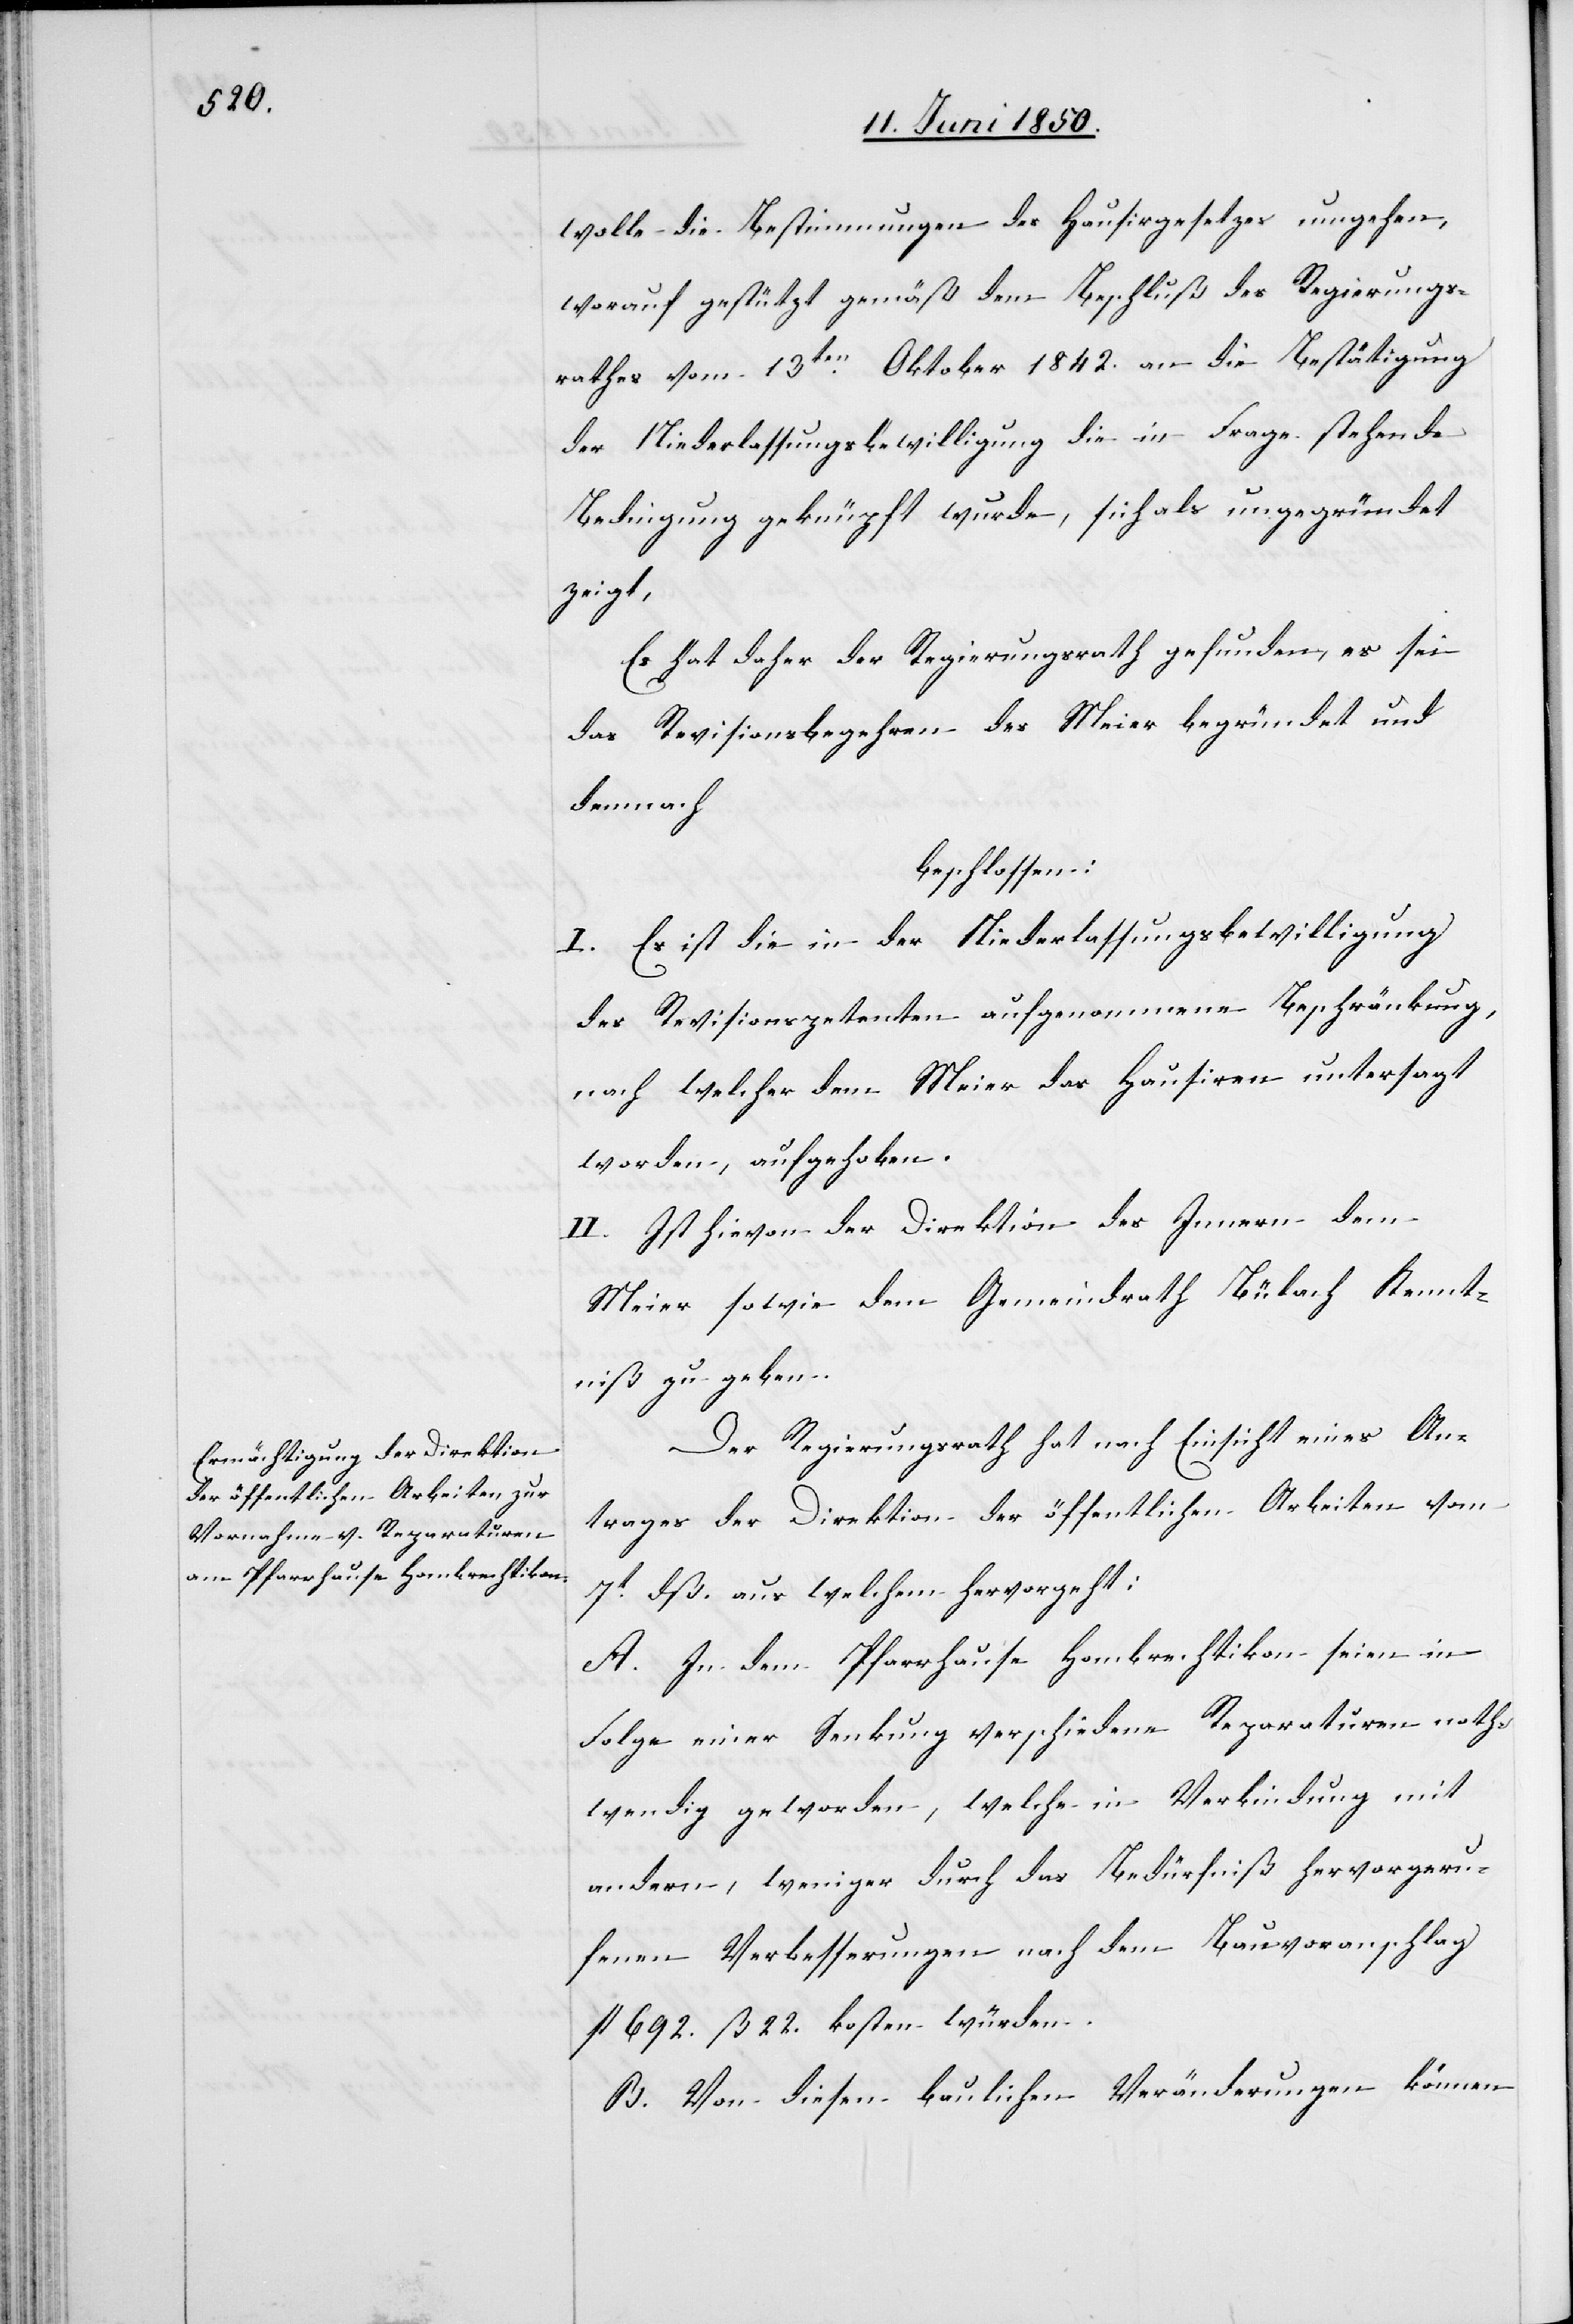
wolle die Bestimmungen des Hausirgesetzes umgehen,
worauf gestützt gemäß dem Beschluß des Regierungs¬
rathes vom 13ten Oktober 1842. an die Bestätigung
der Niederlassungsbewilligung die in Frage stehende
Bedingung geknüpft wurde, sich als ungegründet
zeigt,
Es hat daher der Regierungsrath gefunden, es sei
das Revisionsbegehren des Meier begründet und
demnach
beschlossen:
I. Es ist die in der Niederlassungsbewilligung
des Revisionspetenten aufgenommene Beschränkung,
nach welcher dem Meier das Hausiren untersagt
worden, aufgehoben.
II. Ist hievon der Direktion des Innern dem
Meier sowie dem Gemeindrath Bülach Kennt¬
niß zu geben.
Der Regierungsrath hat nach Einsicht eines An¬
trages der Direktion der öffentlichen Arbeiten vom
7t dß. aus welchem hervorgeht:
A. In dem Pfarrhause Hombrechtikon seien in
Folge einer Senkung verschiedene Reparaturen noth¬
wendig geworden, welche in Verbindung mit
andern, weniger durch das Bedürfniß hervorgeru¬
fenen Verbesserungen nach dem Bauvoranschlag
fl 692. ß 22. kosten würden.
b. Von diesen baulichen Veränderungen können